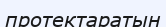
протектаратын